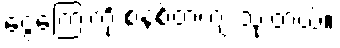
ငွေကြေးကို စနစ်တကျ သုံးတယ်။